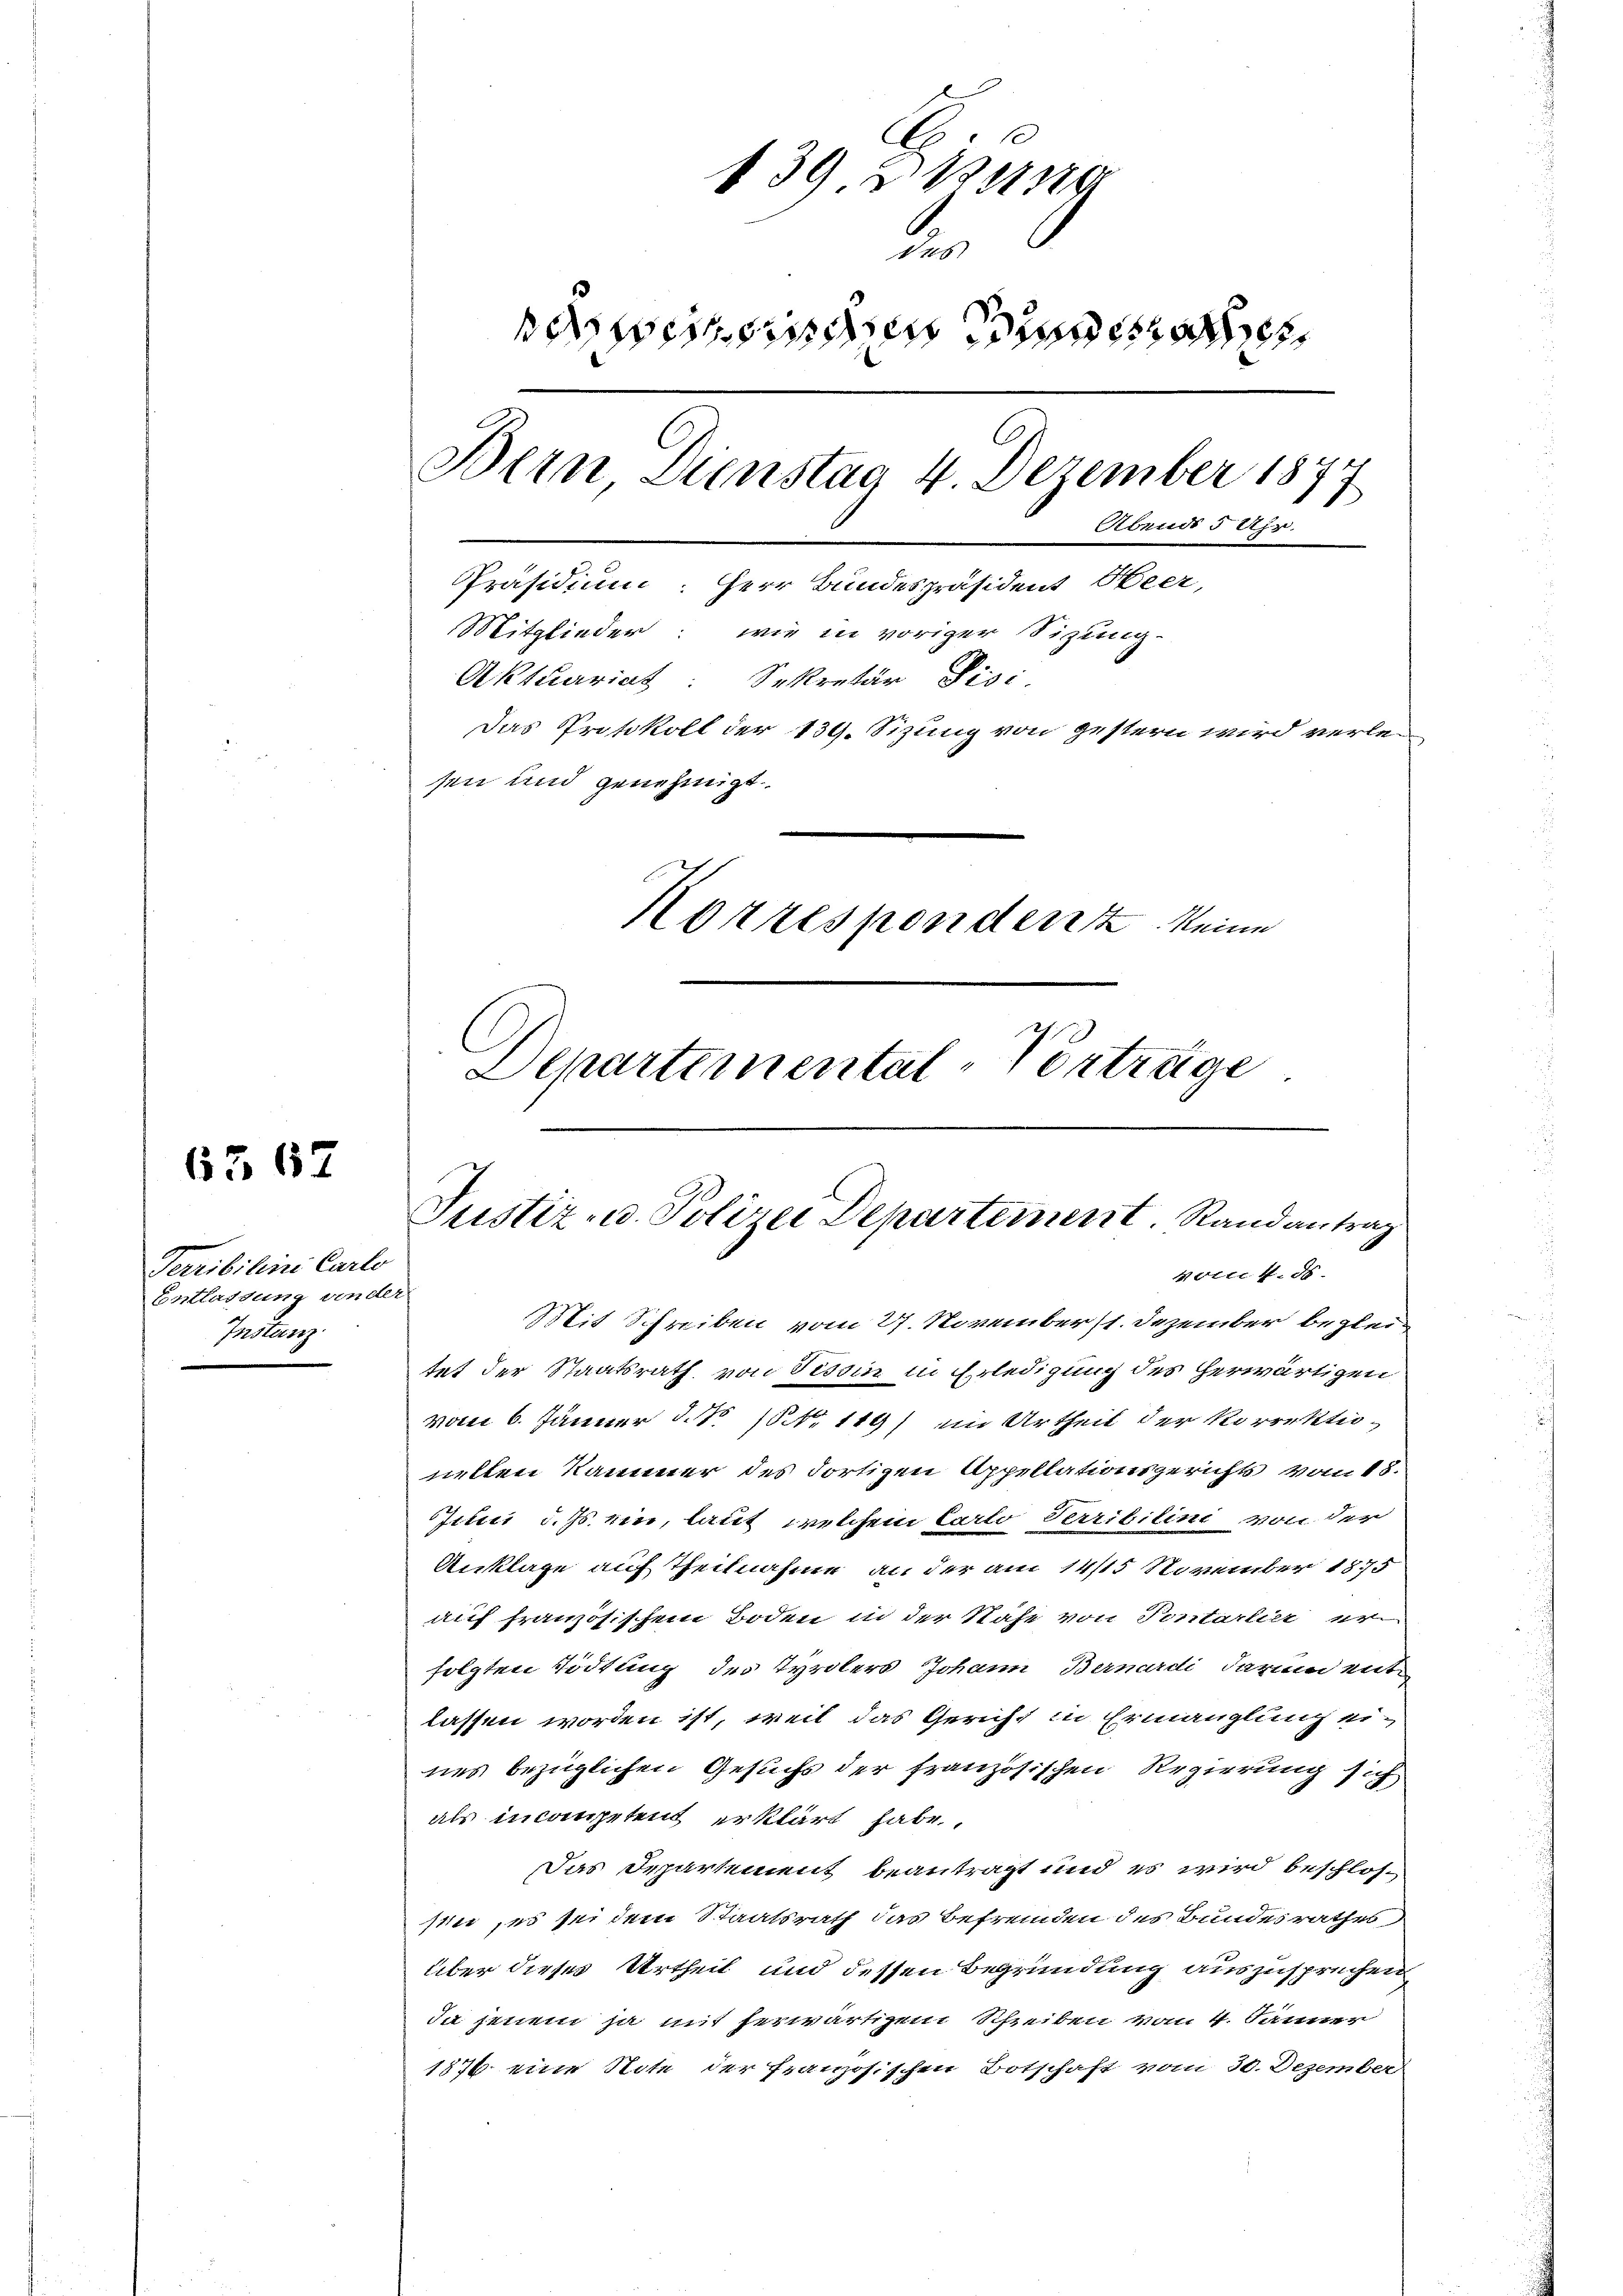
6367

Terribilini Carlo
Entlassung ander
Instanz

.
139 § 1140
des
oesien diese
Bern Dienstag 4 Dezember 1877
Abends 5 Uhr.
Präsidium: Herr Bundespräsident Oeer,
Mitglieder: wie in voriger Sizung-
Aktuariat: Sekretär Pisi
Das Protokoll der 139. Sizung von gestern wird verlesen und genehmigt
Korrespondert keine
Departemental-Vertrüge

Justiz- u. Polizei Departement. Randantrag
Noter 4. ds.

Mit Schreiben vom 27. November 11. Dezember begleitet der Staatsrath, von Tessin in Erledigung des herwärtigen
vom 6. Jänner d. N. N. 119) im Urtheil der Korrektioziellen Kammer des dortigen Appellationsgerichts vom 18.
Jebei d. Js. ein, laut, welchem Carlo Terribilini von der
Anklage auf Theilnahme an der am 14/15 November 1875
auf französischem Boden in der Nähe von Sontarlier er
folgten Tödtung des Tyrolers Johann Bernardi darum ent-
lassen worden ist, weil das Gericht in Ermanglung eines bezüglichen Gesuchs der französischen Regierung sich
als incompetent erklärt habe.
Das Departement beantragt und es wird beschlos
sin, es sei dem Staatsrath das Befremden des Bundesrathes
Über dieses Urtheil und dessen Begründung auszusprechen
Ja jenem ja mit herwärtigem Schreiben von 4. Jänner
1876 eine Note der französischen Botschaft vom 30. Dezember